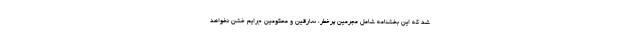
شد که این بخشنامه شامل مجرمین پرخطر، سارقین و محکومین جرایم خشن نخواهد